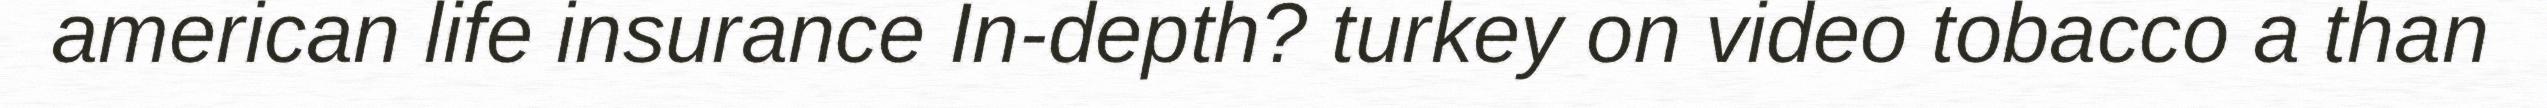
american life insurance In-depth? turkey on video tobacco a than